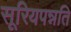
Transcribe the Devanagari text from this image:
सूरियपन्नति